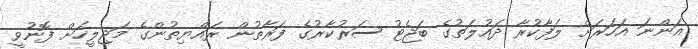
އަންނަ އަހަރަށް ލަފާކުރާ ދައުލަތުގެ ބަޖެޓު ސަރުކާރުގެ ފަރާތުން ރައްޔިތުންގެ މަޖިލީހަށް ފޮނުވީ